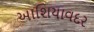
આશિયાવદર